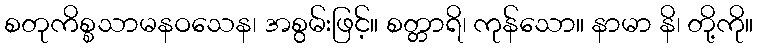
စတုကိစ္စသာမနဝသေန၊ အစွမ်းဖြင့်။ စတ္တာရိ၊ ကုန်သော။ နာမာ နိ၊ တို့ကို။